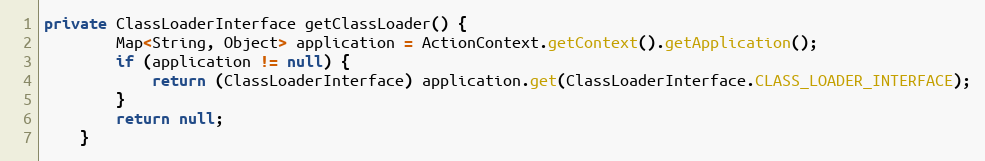
Language: Java
private ClassLoaderInterface getClassLoader() {
		Map<String, Object> application = ActionContext.getContext().getApplication();
		if (application != null) {
			return (ClassLoaderInterface) application.get(ClassLoaderInterface.CLASS_LOADER_INTERFACE);
		}
		return null;
	}